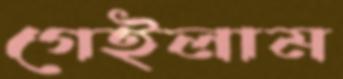
গেইলাম